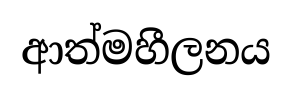
ආත්මහීලනය